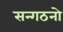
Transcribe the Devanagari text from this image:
सन्गठनो